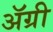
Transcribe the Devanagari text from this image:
ॲग्री